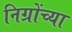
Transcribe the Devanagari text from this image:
निग्रोंच्या